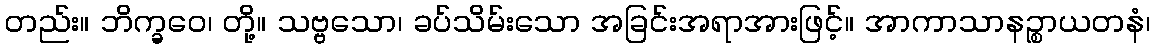
တည်း။ ဘိက္ခဝေ၊ တို့။ သဗ္ဗသော၊ ခပ်သိမ်းသော အခြင်းအရာအားဖြင့်။ အာကာသာနဉ္စာယတနံ၊